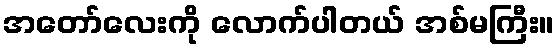
အတော်လေးကို လောက်ပါတယ် အစ်မကြီး။